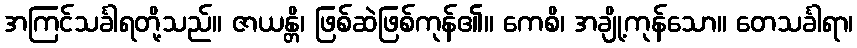
အကြင်သင်္ခါရတို့သည်။ ဇာယန္တိ၊ ဖြစ်ဆဲဖြစ်ကုန်၏။ ကေစိ၊ အချို့ကုန်သော။ တေသင်္ခါရာ၊